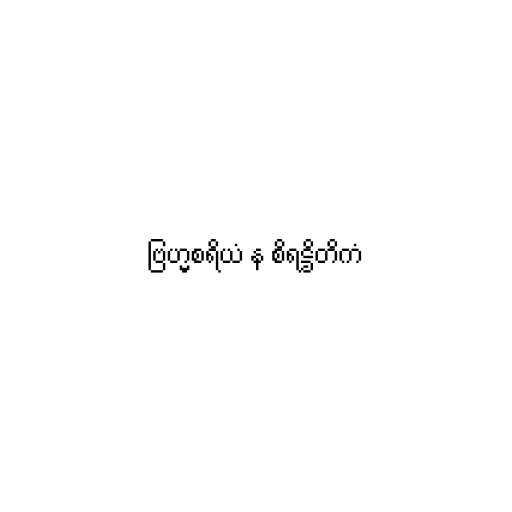
ဗြဟ္မစရိယံ န စိရဋ္ဌိတိကံ